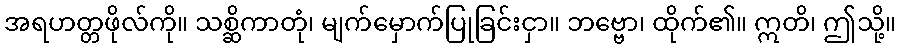
အရဟတ္တဖိုလ်ကို။ သစ္ဆိကာတုံ၊ မျက်မှောက်ပြုခြင်းငှာ။ ဘဗ္ဗော၊ ထိုက်၏။ ဣတိ၊ ဤသို့။